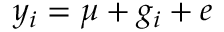
y _ { i } = \mu + g _ { i } + e